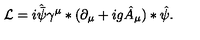
{ \cal L } = i \hat { \bar { \psi } } \gamma ^ { \mu } * ( \partial _ { \mu } + i g \hat { A } _ { \mu } ) * \hat { \psi } .